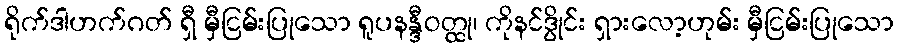
ရိုက်ဒါဟက်ဂတ် ရှီ မှီငြမ်းပြုသော ရူပနန္ဒီဝတ္ထု၊ ကိုနင်ဒွိုင်း ရှားလော့ဟုမ်း မှီငြမ်းပြုသော